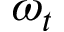
\omega _ { t }